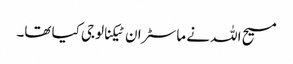
مسیح اللہ نے ماسٹر ان ٹیکنالوجی کیا تھا۔